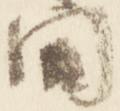
間